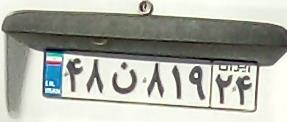
۴۸ن۸۱۹۲۴